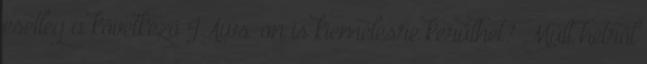
esetleg a következő JAws-on is kiemelésre kerülhet? Múlt hétről